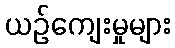
ယဉ်ကျေးမှုများ